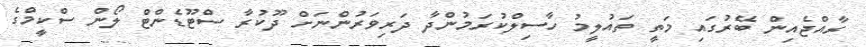
ރާއްޖެއިން ބޭރުގައި މަތީ ތައުލީމު ހާސިލްކުރަމުންދާ ދަރިވަރުންނަށް ދޫކުރާ ސްޓޫޑެންޓް ލޯން ސްކީމްގެ